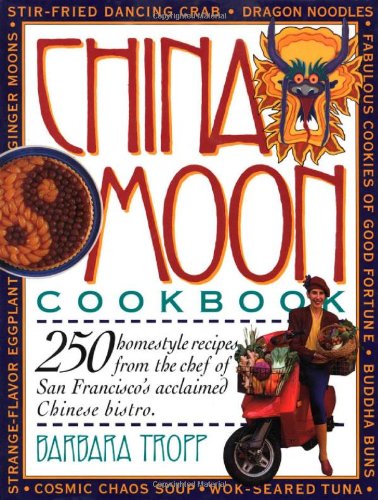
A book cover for China Moon Cookbook; Barbara Tropp; Cookbooks, Food & Wine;